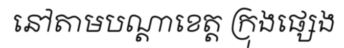
នៅតាមបណ្តាខេត្ត ក្រុងផ្សេង